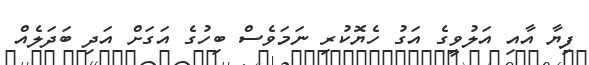
ފިޔާ އާއި އަލުވީގެ އަގު ހެޔޮކުރި ނަމަވެސް ބިހުގެ އަގަށް އަދި ބަދަލެއް